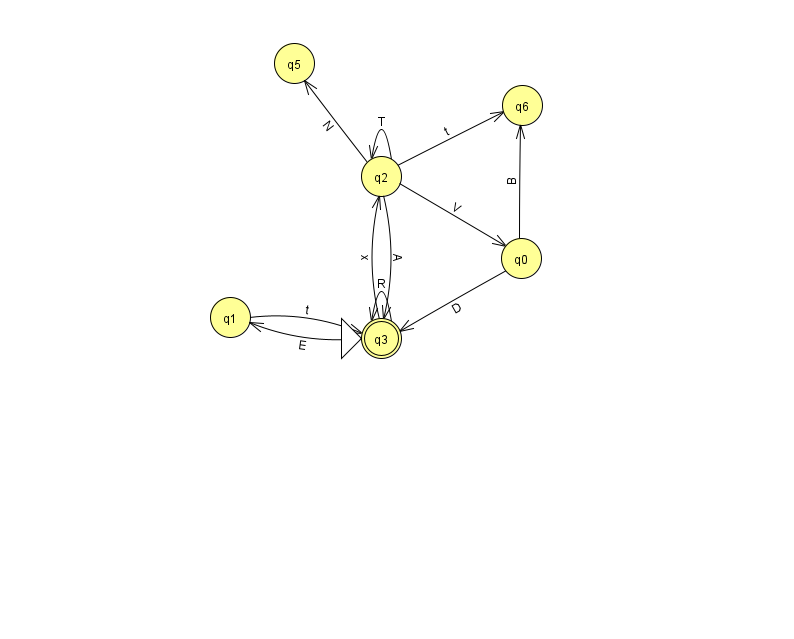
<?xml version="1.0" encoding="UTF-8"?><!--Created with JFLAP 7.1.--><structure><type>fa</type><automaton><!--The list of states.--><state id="0" name="q0"><x>521.0</x><y>245.0</y></state><state id="1" name="q1"><x>230.0</x><y>304.0</y></state><state id="2" name="q2"><x>381.0</x><y>163.0</y></state><state id="3" name="q3"><x>381.0</x><y>325.0</y><initial/><final/></state><state id="5" name="q5"><x>294.0</x><y>50.0</y></state><state id="6" name="q6"><x>522.0</x><y>92.0</y></state><!--The list of transitions.--><transition><from>3</from><to>1</to><read>E</read></transition><transition><from>3</from><to>2</to><read>x</read></transition><transition><from>1</from><to>3</to><read>t</read></transition><transition><from>3</from><to>3</to><read>R</read></transition><transition><from>2</from><to>0</to><read>V</read></transition><transition><from>2</from><to>2</to><read>T</read></transition><transition><from>2</from><to>3</to><read>A</read></transition><transition><from>2</from><to>6</to><read>t</read></transition><transition><from>2</from><to>5</to><read>N</read></transition><transition><from>0</from><to>3</to><read>D</read></transition><transition><from>0</from><to>6</to><read>B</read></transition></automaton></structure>